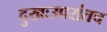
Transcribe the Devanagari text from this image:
दुखःउपरांतच